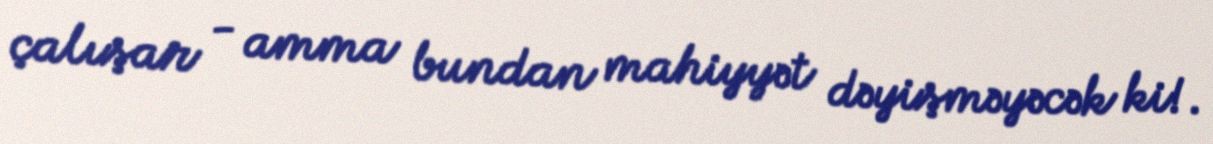
çalışar - amma bundan mahiyyət dəyişməyəcək ki!.